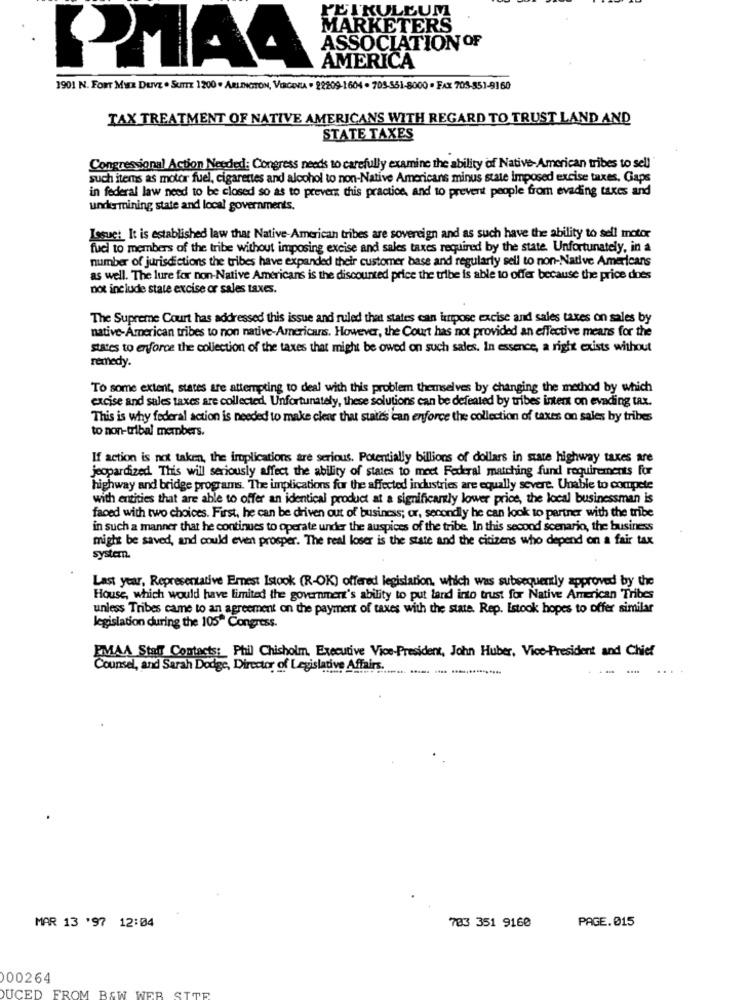
PETKULEUM
MARKETERS
ASSOCIATION OF
AMERICA
1901 N. FORT MER Duvz . SuTTE 1200 . ARLINGTON, VERGARA . 22209-1604 - 703-551-8000 - Fx 703-551-9160
TAX TREATMENT OF NATIVE AMERICANS WITH REGARD TO TRUST LAND AND
STATE TAXES
Congressional Action Needed: Congress needs to carefully examine the ability of Native-American tribes to sell
such items as motor fuel, cigarettes and alcohol to non-Native Americans minus state imposed excise taxes, Gaps
in federal law need to be closed so as to prever this practice, and to prevent people from evading taxes and
undermining state and local governments.
Lesue: It is established law that Native-American tribes are sovereign and as such have the ability to sell motor
fuel to members of the tribe without imposing excise and sales taxes required by the state. Unfortunately, in a
number of jurisdictions the tribes have expanded their customer base and regularly sell to non-Native Americans
as well. The lure for non-Native Americans is the discounted price the tribe is able to offer because the price dnes
not include state excise or sales taxes.
The Supreme Court has addressed this issue and ruled that states can impose excise and sales taxes on sales by
native-American tribes to non native-Americans. However, the Court has not provided an effective means for the
states to erfforce the collection of the taxes that might be owed on such sales. In essence, a right exists without
remedy.
To some extent, states are attempting to deal with this problem themselves by changing the method by which
excise and sales taxes are collected. Unfortunately, these solutions can be defeated by tribes inten on evading tax.
This is why federal action is needed to make clear that states can eryforce the collection of taxes on sales by tribes
to non-tribal members.
If action is not taken, the implications are serious. Potentially billions of dollars in state highway taxes are
jeopardized. This will seriously affect the ability of states to meet Federal matching fund requirements for
highway and bridge programs. The implications for the affected industries are equally severe. Unable to compete
with entities that are able to offer an identical product at a significantly lower price, the local businessman is
faced with two choices. First, he can be driven out of business; or, secondly he can look to partner with the tribe
in such a manner that he continues to operate under the auspices of the tribe In this second scenario, the business
might be saved, and could even prosper. The real loser is the state and the citizens who depend on a fair tax
system.
Last year, Representative Ernest Istook (R-OK) offered legislation, which was subsequently approved by the
House, which would have limited the government's ability to put land into trust for Native American Tribes
unless Tribes came to an agreement on the payment of taxes with the state. Rep. Estook hopes to offer similar
legislation during the 105" Congress.
EMAA Staff Contacts: Phil Chisholm, Executive Vice-President, John Huber, Vice-President and Chief
Counsel, and Sarah Dodge, Director of Legislative Affairs.
MAR 13 '97 12:04
783 351 9160
PAGE.015
00264
UCED
FROM BAW WEB